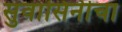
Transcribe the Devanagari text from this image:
सुवासिनीचा